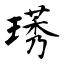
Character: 璓